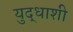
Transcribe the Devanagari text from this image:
युद्धाशी